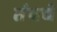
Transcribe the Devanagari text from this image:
तंयचे